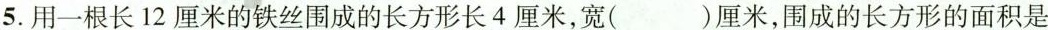
5.用一根长12厘米的铁丝围成的长方形长4厘米，宽()厘米，围成的长方形的面积是